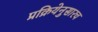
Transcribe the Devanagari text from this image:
प्रक्रियेनुसारच